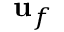
\mathbf { u } _ { f }